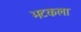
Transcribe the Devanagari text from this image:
भटकला